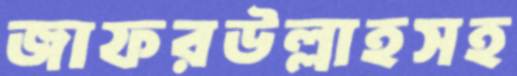
জাফরউল্লাহসহ